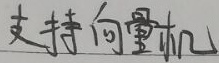
支持向量机